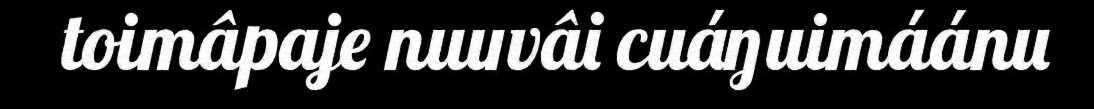
toimâpaje nuuvâi cuáŋuimáánu